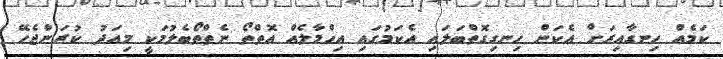
ކަމެއް ހިނގާއިރަށް އެކަން ހިނގިގޮތްބަލައި އެކަމުގައި އިހްމާލެއް އޮތްތޯ ނެތްތޯބެލުމަކީ މިއަދު ކުރަންޖެހޭ